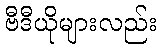
ဗီဒီယိုများလည်း